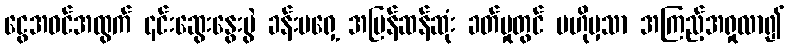
ငွေအဝင်အထွက် ၎င်းဆွေးနွေးပွဲ ခန်းမရှေ့ အမြန်ဆန်ဆုံး ခတ်မှုတွင် ဗဟိုမှသာ အကြည့်အရှုလာ၍